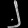
Digit: ၂